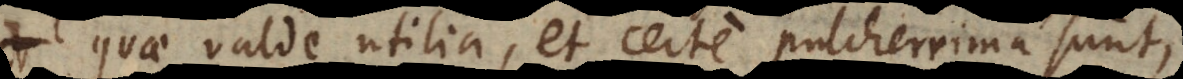
quae valde utilia, et certe pulcherrima sunt,